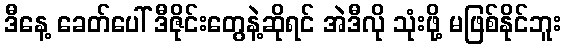
ဒီနေ့ ခေတ်ပေါ် ဒီဇိုင်းတွေနဲ့ဆိုရင် အဲဒီလို သုံးဖို့ မဖြစ်နိုင်ဘူး